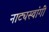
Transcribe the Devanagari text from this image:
नाट्यस्वांगी